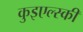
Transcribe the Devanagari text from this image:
कुइएल्स्की